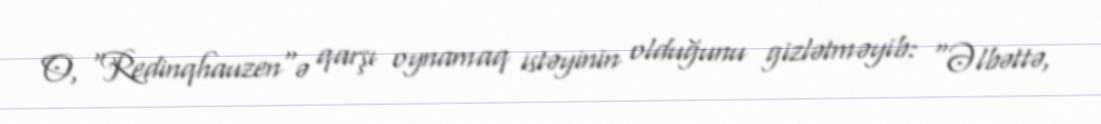
O, "Redinqhauzen"ə qarşı oynamaq istəyinin olduğunu gizlətməyib: “Əlbəttə,